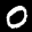
Label: 0